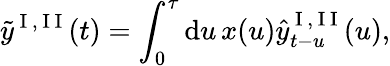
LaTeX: \tilde{y}^{\mathrm{~I~,~I~I~}}(t)=\int_{0}^{\tau}\mathrm{d}u\, x(u)\hat{y}_{t-u}^{\mathrm{~I~,~I~I~}}(u),